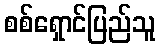
စစ်ရှောင်ပြည်သူ